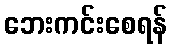
ဘေးကင်းစေရန်